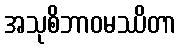
အသုစိဘာဝမဿိတာ